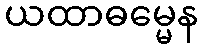
ယထာဓမ္မေန